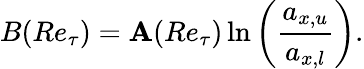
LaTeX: B(Re_{\tau})=\mathbf{A}(Re_{\tau})\ln\left(\frac{{a_{x,u}}}{{a_{x,l}}}\right).